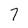
Character: 7